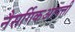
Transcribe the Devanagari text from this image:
नैसर्गिकआपत्ती